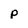
Character: p